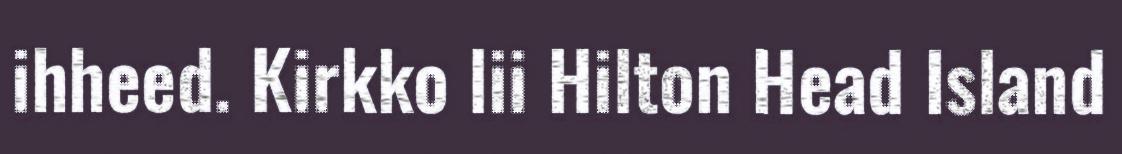
ihheed. Kirkko lii Hilton Head Island